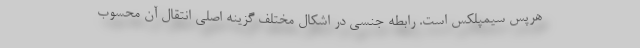
هرپس سیمپلکس است. رابطه جنسی در اشکال مختلف گزینه اصلی انتقال آن محسوب